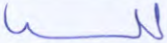
لله